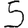
Digit: 5